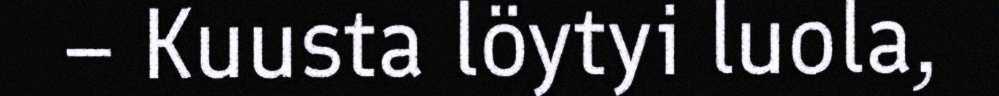
– Kuusta löytyi luola,